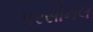
પરસોનલ